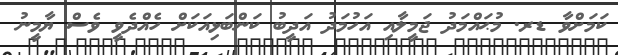
ކަމަށްވާ ޑރ. މުޙައްމަދު ޖަމީލާއި އަހުމަދު އަދީބު ކަންބަޅިއަކަށް ހެއްދެވީ ވެސް ޔާމީނު